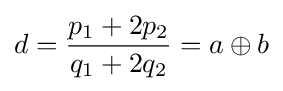
d={\frac {p_{1}+2p_{2}}{q_{1}+2q_{2}}}=a\oplus b